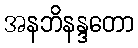
အနဘိနန္ဒတော